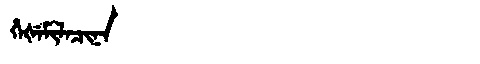
Manchu: ᡥᡝᡧᡝᠮᡳᠯᠠᠴᡳᠨᠠ
Romanization: HEŠEMILACINA